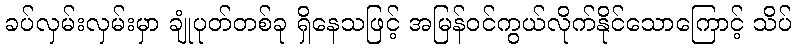
ခပ်လှမ်းလှမ်းမှာ ချုံပုတ်တစ်ခု ရှိနေသဖြင့် အမြန်ဝင်ကွယ်လိုက်နိုင်သောကြောင့် သိပ်